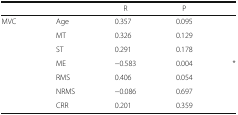
<table><thead><tr><td></td><td></td><td><b>R</b></td><td><b>P</b></td><td></td></tr></thead><tbody><tr><td>MVC</td><td>Age</td><td>0.357</td><td>0.095</td><td></td></tr><tr><td></td><td>MT</td><td>0.326</td><td>0.129</td><td></td></tr><tr><td></td><td>ST</td><td>0.291</td><td>0.178</td><td></td></tr><tr><td></td><td>ME</td><td>−0.583</td><td>0.004</td><td>*</td></tr><tr><td></td><td>RMS</td><td>0.406</td><td>0.054</td><td></td></tr><tr><td></td><td>NRMS</td><td>−0.086</td><td>0.697</td><td></td></tr><tr><td></td><td>CRR</td><td>0.201</td><td>0.359</td><td></td></tr></tbody></table>